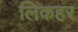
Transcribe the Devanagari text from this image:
लिकहर